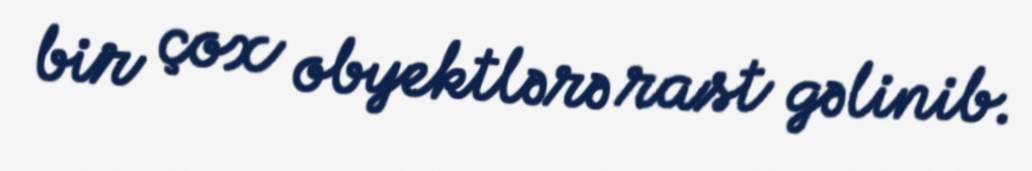
bir çox obyektlərə rast gəlinib.